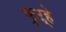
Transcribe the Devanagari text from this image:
कुऱ्हे